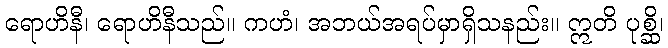
ရောဟိနီ၊ ရောဟိနီသည်။ ကဟံ၊ အဘယ်အရပ်မှာရှိသနည်း။ ဣတိ ပုစ္ဆိ၊